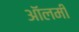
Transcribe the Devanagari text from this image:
ऑलमी